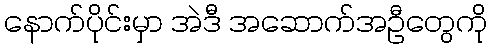
နောက်ပိုင်းမှာ အဲဒီ အဆောက်အဦတွေကို